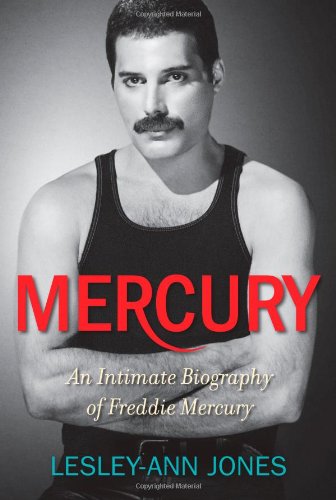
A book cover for Mercury: An Intimate Biography of Freddie Mercury; Lesley-Ann Jones; Gay & Lesbian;